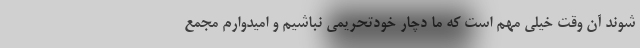
شوند آن وقت خیلی مهم است که ما دچار خودتحریمی نباشیم و امیدوارم مجمع